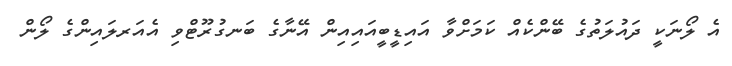
އެ ލޯނަކީ ދައުލަތުގެ ބޭންކެއް ކަމަށްވާ އައިޑީބީއައިއިން އޭނާގެ ބަނގުރޫޓްވި އެއަރލައިންގެ ލޯން